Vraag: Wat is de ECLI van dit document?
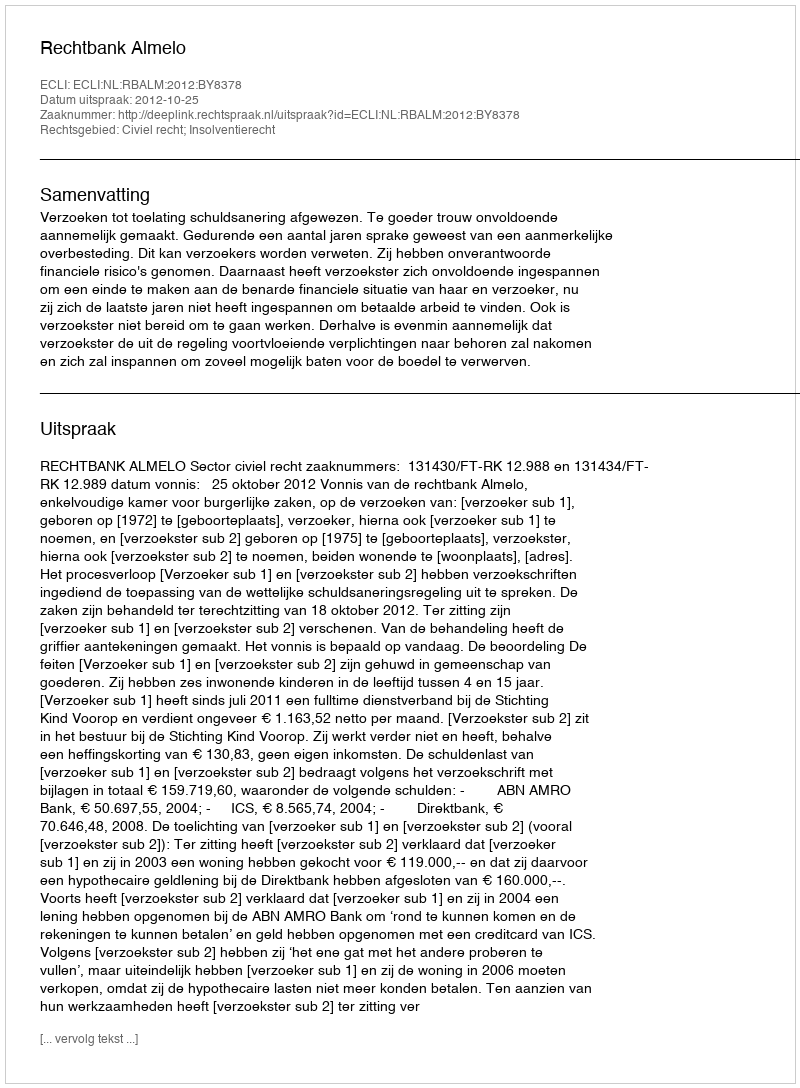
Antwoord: ECLI:NL:RBALM:2012:BY8378